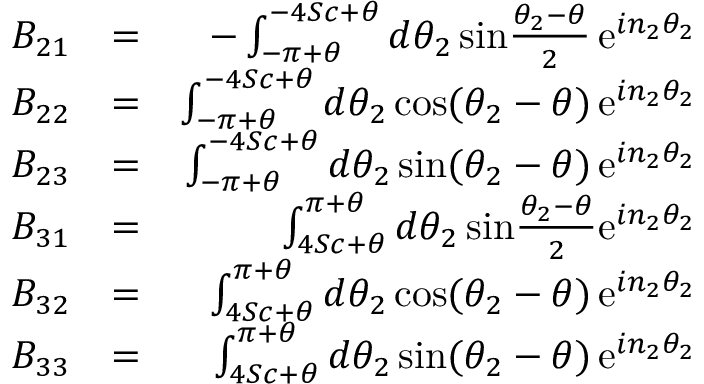
\begin{array} { r l r } { B _ { 2 1 } } & { = } & { - \int _ { - \pi + \theta } ^ { - 4 S c + \theta } d \theta _ { 2 } \, \mathrm { s i n } { \frac { \theta _ { 2 } - \theta } { 2 } } \, \mathrm { e } ^ { i n _ { 2 } \theta _ { 2 } } } \\ { B _ { 2 2 } } & { = } & { \int _ { - \pi + \theta } ^ { - 4 S c + \theta } d \theta _ { 2 } \, \mathrm { c o s } ( \theta _ { 2 } - \theta ) \, \mathrm { e } ^ { i n _ { 2 } \theta _ { 2 } } } \\ { B _ { 2 3 } } & { = } & { \int _ { - \pi + \theta } ^ { - 4 S c + \theta } d \theta _ { 2 } \, \mathrm { s i n } ( \theta _ { 2 } - \theta ) \, \mathrm { e } ^ { i n _ { 2 } \theta _ { 2 } } } \\ { B _ { 3 1 } } & { = } & { \int _ { 4 S c + \theta } ^ { \pi + \theta } d \theta _ { 2 } \, \mathrm { s i n } { \frac { \theta _ { 2 } - \theta } { 2 } } \mathrm { e } ^ { i n _ { 2 } \theta _ { 2 } } } \\ { B _ { 3 2 } } & { = } & { \int _ { 4 S c + \theta } ^ { \pi + \theta } d \theta _ { 2 } \, \mathrm { c o s } ( \theta _ { 2 } - \theta ) \, \mathrm { e } ^ { i n _ { 2 } \theta _ { 2 } } } \\ { B _ { 3 3 } } & { = } & { \int _ { 4 S c + \theta } ^ { \pi + \theta } d \theta _ { 2 } \, \mathrm { s i n } ( \theta _ { 2 } - \theta ) \, \mathrm { e } ^ { i n _ { 2 } \theta _ { 2 } } } \end{array}